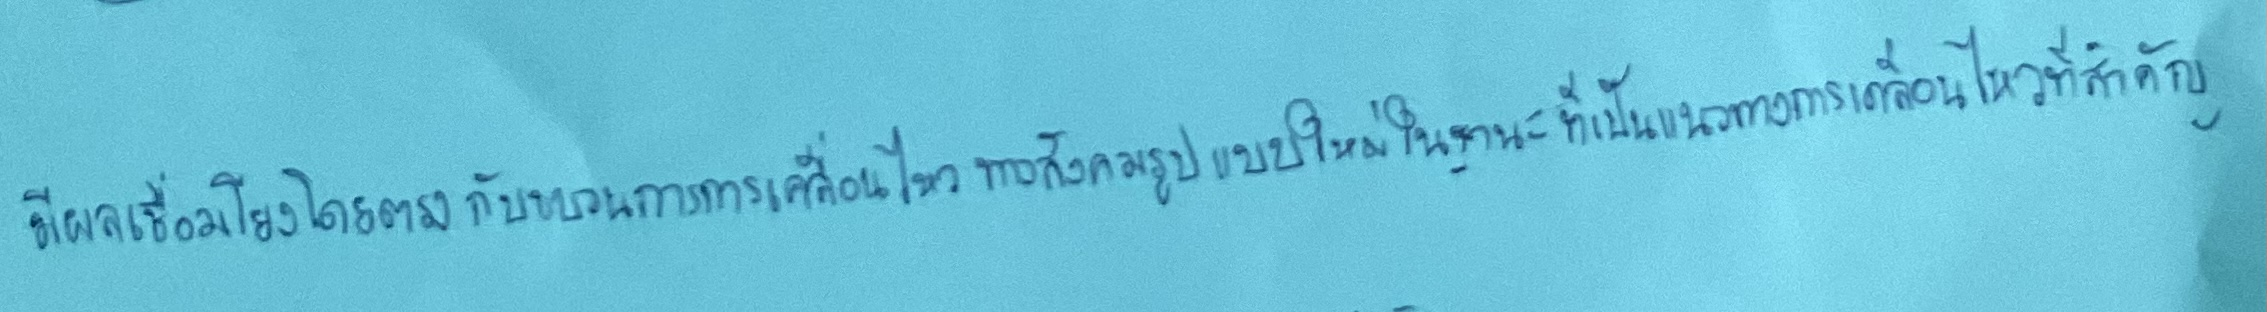
มีผลเชื่อมโยงโดยตรงกับขบวนการเคลื่อนไหวทางสังคมรูปแบบใหม่ในฐานะที่เป็นแนวทางการเคลื่อนไหวที่สำคัญ